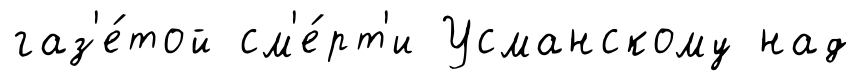
газ'е́той см'е́рт'и Усманскому над